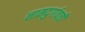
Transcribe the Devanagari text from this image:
नामदुर्गावती